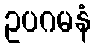
ဥပဂမနံ